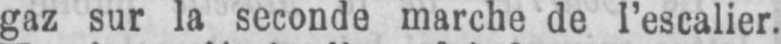
gaz sur la seconde marche de l’escalier.